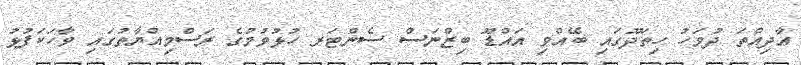
އާދިއްތަ ދުވަހު ހިތަދޫގައި ބޭއްވި އައްޑޫ ބިޒްނަސް ސެންޓަރ ހުޅުވުމުގެ ރަސްމިއްޔާތުގައި ވާހަކަފުޅު